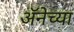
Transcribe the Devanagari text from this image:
अॅनेच्या